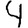
Digit: 4